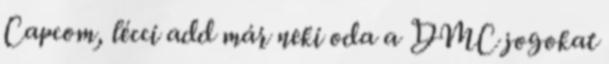
Capcom, lécci add már neki oda a DMC jogokat